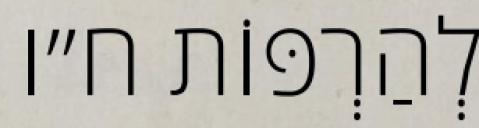
לְהַרְפּוֹת ח״ו